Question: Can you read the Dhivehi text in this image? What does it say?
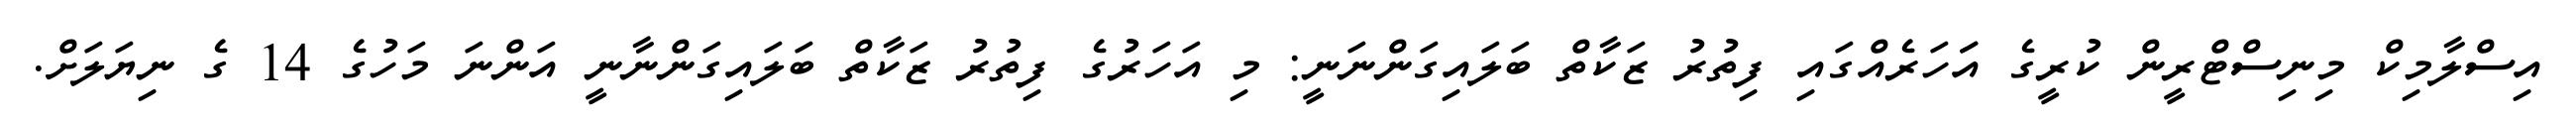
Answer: އިސްލާމިކް މިނިސްޓްރީން ކުރީގެ އަަހަރެއްގައި ފިތުރު ޒަކާތް ބަލައިގަންނަނީ: މި އަހަރުގެ ފިތުރު ޒަކާތް ބަލައިގަންނާނީ އަންނަ މަހުގެ 14 ގެ ނިޔަލަށް.